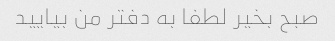
صبح بخیر لطفا به دفتر من بیایید